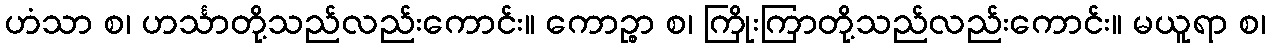
ဟံသာ စ၊ ဟင်္သာတို့သည်လည်းကောင်း။ ကောဉ္စာ စ၊ ကြိုးကြာတို့သည်လည်းကောင်း။ မယူရာ စ၊